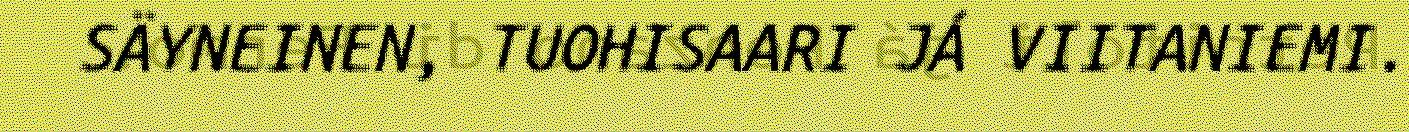
SÄYNEINEN, TUOHISAARI JÁ VIITANIEMI.